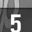
Digit: 5